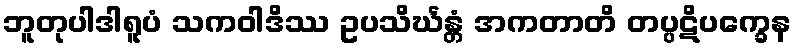
ဘူတုပါဒါရူပံ သကဝါဒိဿ ဥပသိင်္ဃန္တံ အကတာတိ တပ္ပဋိပက္ခေန